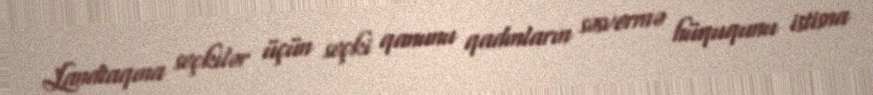
Landtaqına seçkilər üçün seçki qanunu qadınların səsvermə hüququnu istisna